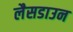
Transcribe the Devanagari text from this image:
लैसडाउन